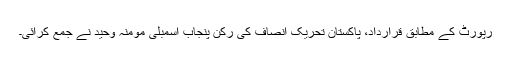
رپورٹ کے مطابق قرارداد، پاکستان تحریک انصاف کی رکن پنجاب اسمبلی مومنہ وحید نے جمع کرائی۔